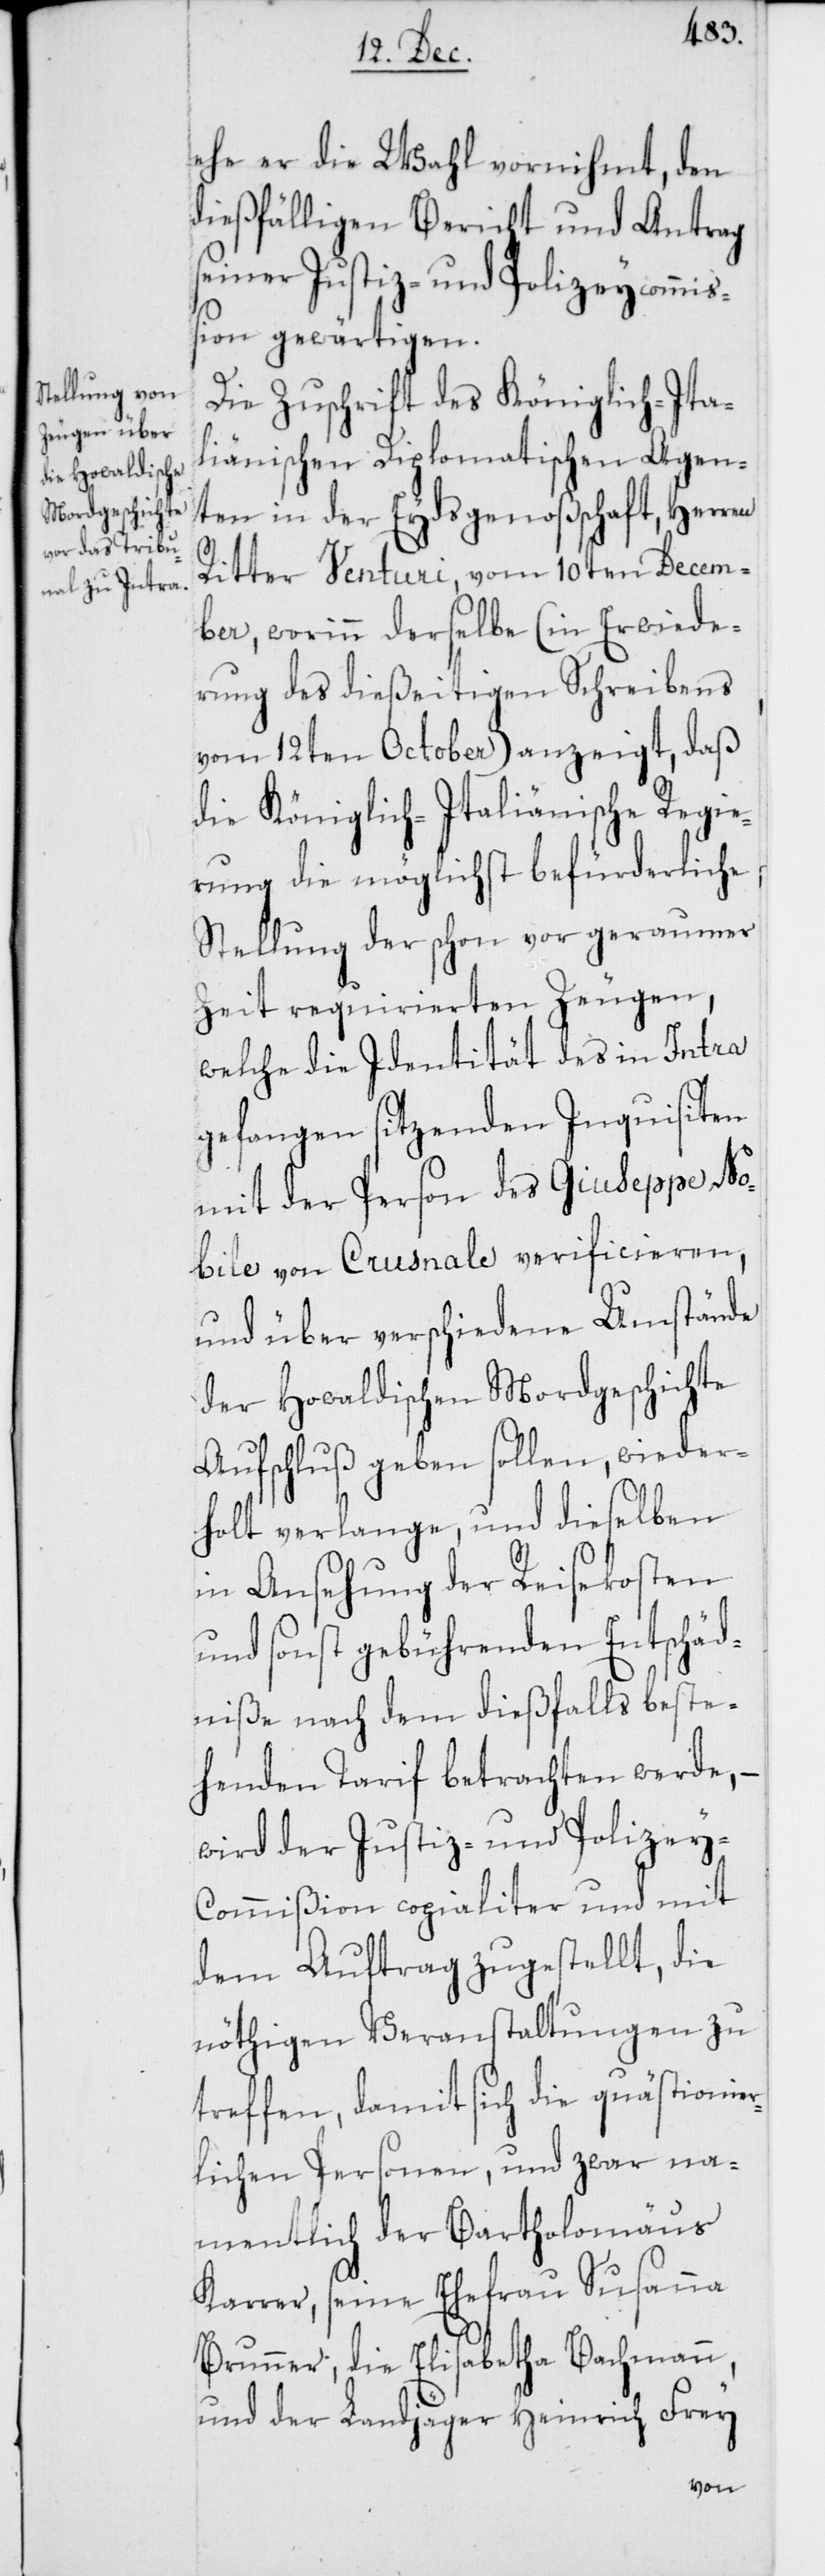
ehe er die Wahl vornihmt, den
dießfälligen Bericht und Antrag
seiner Justiz- und Polizeycommi¬
ßion gewärtigen.
Die Zuschrift des Königlich-Ita¬
lienischen Diplomatischen Agen¬
ten in der Eydsgenoßenschaft, Herren
Ritter Venturi, vom 10ten Decem¬
ber, worinn derselbe (in Erwiede¬
rung des dießeitigen Schreibens
vom 12ten October) anzeigt, daß
die Königlich-Italienische Regie¬
rung die möglichst befürderliche
Stellung der schon vor geraumer
Zeit requirierten Zeugen,
welche die Identität des in Intra
gefangen sitzenden Inquisiten
mit der Person des Giuseppe No¬
bile von Crusnale verificieren,
und über verschiedene Umstände
der Howaldischen Mordgeschichte
Aufschluß geben sollen, wieder¬
holt verlange, und dieselben
in Ansehung der Reisekosten
und sonst gebührenden Entschäd¬
niße nach dem dießfalls beste¬
henden Tarif betrachten werde, –
wird der Justiz- und Polizey-C¬
ommißion copialiter und mit
dem Auftrag zugestellt, die
nöthigen Veranstaltungen zu
treffen, damit sich die quästionie¬
rlichen Personen, und zwar na¬
mentlich der Bartholomäus
Karrer, seine Ehefrau Susanna
Brunner, die Elisabetha Bachmann,
und der Landjäger Heinrich Frey